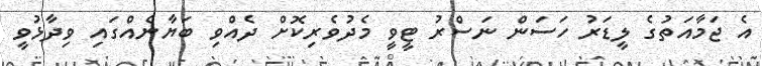
އެ ޖަމާއަތުގެ ލީޑަރު ހަސަން ނަސްރު ޓީވީ މެދުވެރިކޮށް ދެއްވި ބަޔާނެއްގައި ވިދާޅުވީ